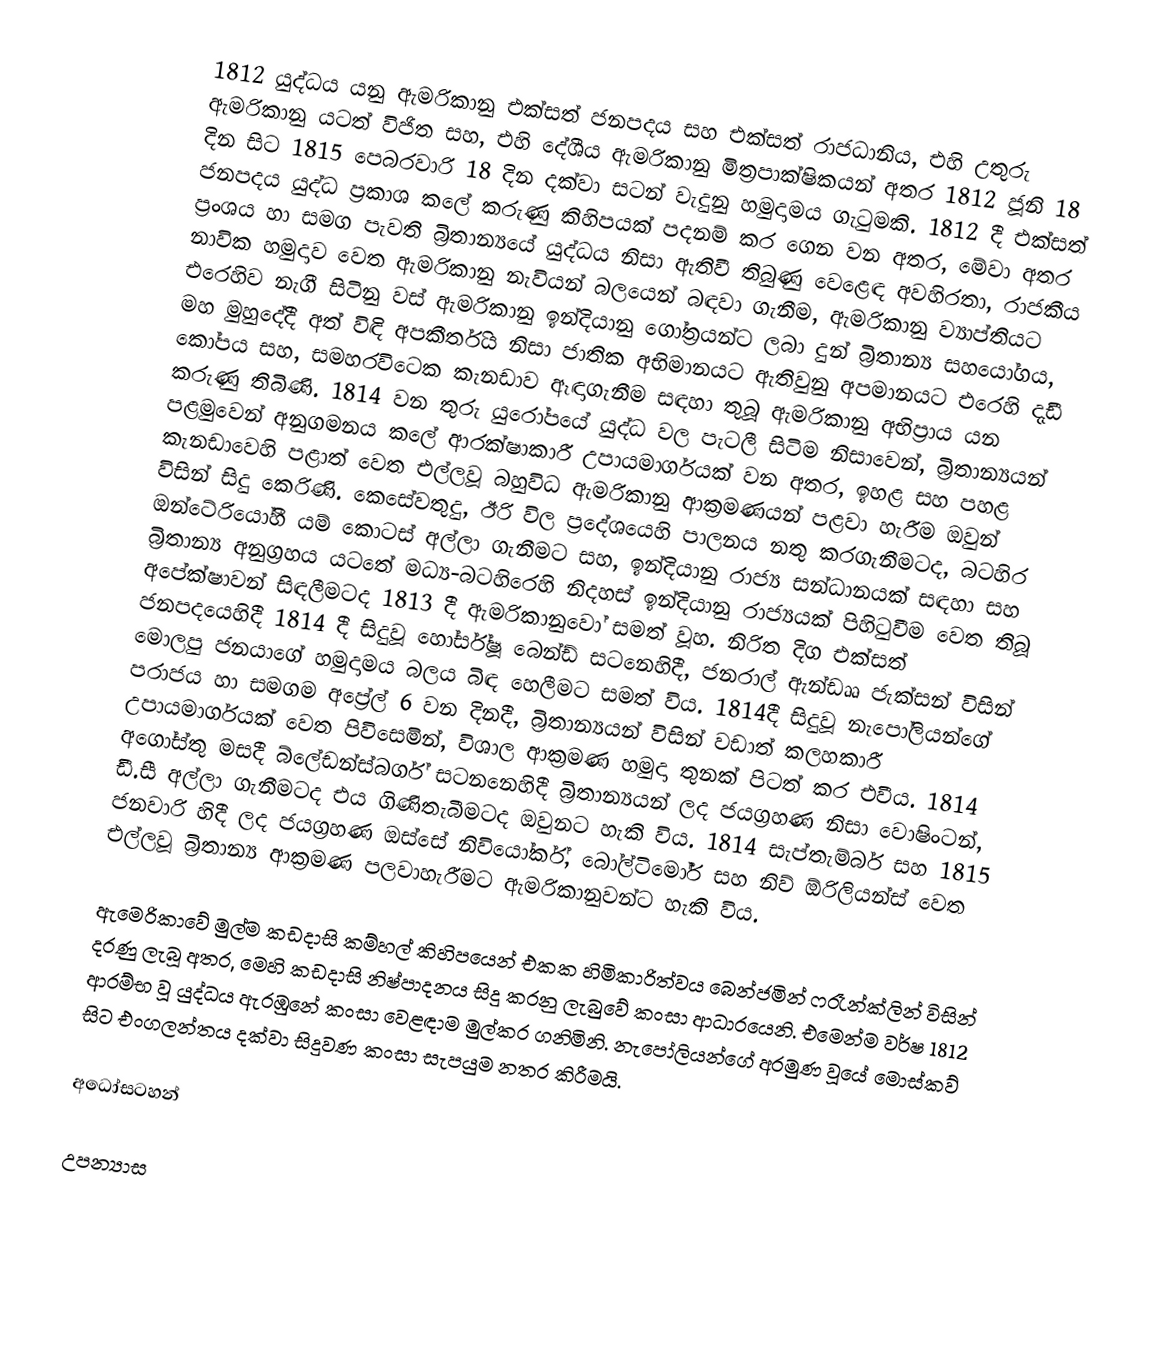
1812 යුද්ධය යනු ඇමරිකානු එක්සත් ජනපදය සහ එක්සත් රාජධානිය, එහි  උතුරු ඇමරිකානු යටත් විජිත සහ, එහි දේශීය ඇමරිකානු මිත්‍රපාක්ෂිකයන් අතර 1812 ජූනි 18 දින සිට  1815 පෙබරවාරි 18 දින දක්වා සටන් වැදුනු හමුදාමය ගැටුමකි. 1812 දී එක්සත් ජනපදය යුද්ධ ප්‍රකාශ කලේ කරුණු කිහිපයක් පදනම් කර ගෙන වන අතර,  මේවා අතර ප්‍රංශය හා සමග පැවති බ්‍රිතාන්‍යයේ යුද්ධය නිසා ඇතිවී තිබුණු වෙළෙඳ අවහිරතා, රාජකීය නාවික හමුදාව වෙත ඇමරිකානු නැවියන්  බලයෙන් බඳවා ගැනීම, ඇමරිකානු ව්‍යාප්තියට එරෙහිව නැගී සිටිනු වස් ඇමරිකානු ඉන්දියානු ගෝත්‍රයන්ට ලබා දුන් බ්‍රිතාන්‍ය  සහයෝගය, මහ මුහුදේදී අත් විඳි අපකීර්තිය නිසා ජාතික අභිමානයට ඇතිවුනු අපමානයට එරෙහි දැඩී කෝපය  සහ, සමහරවිටෙක කැනඩාව ඈඳාගැනීම සඳහා තුබූ ඇමරිකානු අභිප්‍රාය යන කරුණු  තිබිණි.   1814 වන තුරු යුරෝපයේ යුද්ධ වල පැටලී සිටිම නිසාවෙන්, බ්‍රිතාන්‍යයන් පළමුවෙන් අනුගමනය කලේ ආරක්ෂාකාරී උපායමාර්ගයක් වන අතර, ඉහළ සහ පහළ කැනඩාවෙහි පළාත් වෙත එල්ලවූ බහුවිධ ඇමරිකානු ආක්‍රමණයන්  පළවා හැරීම ඔවුන් විසින් සිදු කෙරිණි. කෙසේවතුදු, ඊරි විල ප්‍රදේශයෙහි පාලනය නතු කරගැනීමටද,  බටහිර ඔන්ටේරියෝහී යම් කොටස් අල්ලා ගැනීමට සහ, ඉන්දියානු රාජ්‍ය සන්ධානයක් සඳහා සහ බ්‍රිතාන්‍ය අනුග්‍රහය යටතේ මධ්‍ය-බටහිරෙහි නිදහස් ඉන්දියානු රාජ්‍යයක්  පිහිටුවීම වෙත තිබූ අපේක්ෂාවන් සිඳලීමටද 1813 දී ඇමරිකානුවෝ සමත් වූහ. නිරිත දිග එක්සත් ජනපදයෙහිදී 1814 දී සිදුවූ   හෝර්ස්ෂූ බෙන්ඩ් සටනෙහිදී, ජනරාල් ඇන්ඩෲ ජැක්සන් විසින් මොලපු ජනයාගේ හමුදාමය බලය බිඳ හෙලීමට සමත් විය. 1814දී සිදුවූ නැපෝලියන්ගේ පරාජය හා සමගම අප්‍රේල් 6 වන දිනදී, බ්‍රිතාන්‍යයන් විසින් වඩාත්  කලහකාරී උපායමාර්ගයක් වෙත පිවිසෙමින්, විශාල ආක්‍රමණ හමුදා තුනක් පිටත් කර එවීය. 1814 අගෝස්තු මසදී  බ්ලේඩන්ස්බර්ග් සටනනෙහිදී බ්‍රිතාන්‍යයන් ලද  ජයග්‍රහණ නිසා   වොෂිංටන්, ඩී.සී අල්ලා ගැනීමටද එය ගිණිතැබීමටද ඔවුනට හැකි විය. 1814 සැප්තැම්බර් සහ 1815 ජනවාරි හිදී ලද ජයග්‍රහණ ඔස්සේ නිවියෝර්ක්,  බෝල්ටිමෝර්  සහ   නිව් ඕරිලියන්ස් වෙත එල්ලවූ බ්‍රිතාන්‍ය ආක්‍රමණ පලවාහැරීමට ඇමරිකානුවන්ට හැකි විය.

ඇමෙරිකාවේ මුල්ම කඩදාසි කම්හල් කිහිපයෙන් එකක හිමිකාරිත්වය බෙන්ජමින් ෆ‍්‍රෑන්ක්ලින් විසින් දරණු ලැබූ අතර, මෙහි කඩදාසි නිෂ්පාදනය සිදු කරනු ලැබුවේ කංසා ආධාරයෙනි. එමෙන්ම වර්ෂ 1812 ආරම්භ වූ යුද්ධය ඇරඹුනේ කංසා වෙළඳාම මුල්කර ගනිමිනි. නැපෝලියන්ගේ අරමුණ වූයේ මොස්කව් සිට එංගලන්තය දක්වා සිදුවණ කංසා සැපයුම නතර කිරීමයි.

අධෝසටහන්

උපන්‍යාස